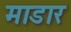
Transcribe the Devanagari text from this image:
माडार